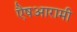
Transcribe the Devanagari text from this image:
एैषआरामी